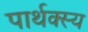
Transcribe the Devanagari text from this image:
पार्थक्स्य